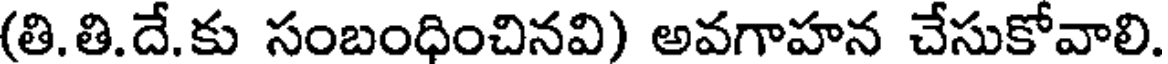
(తి. తి.దే.కు సంబంధించినవి) అవగాహన చేసుకోవాలి.